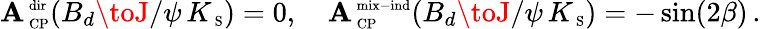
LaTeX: {\cal\mathbf{A}}_{\mathrm{{{\scriptsize~CP}}}}^{\mathrm{{{\scriptsize~dir}}}}(B_{d}\toJ/\psi\, K_{\mathrm{{{\scriptsize~S}}}})=0,\quad{\cal\mathbf{A}}_{\mathrm{{{\scriptsize~CP}}}}^{\mathrm{{{\scriptsize~mix-ind}}}}(B_{d}\toJ/\psi\, K_{\mathrm{{{\scriptsize~S}}}})=-\sin(2\beta)\, .